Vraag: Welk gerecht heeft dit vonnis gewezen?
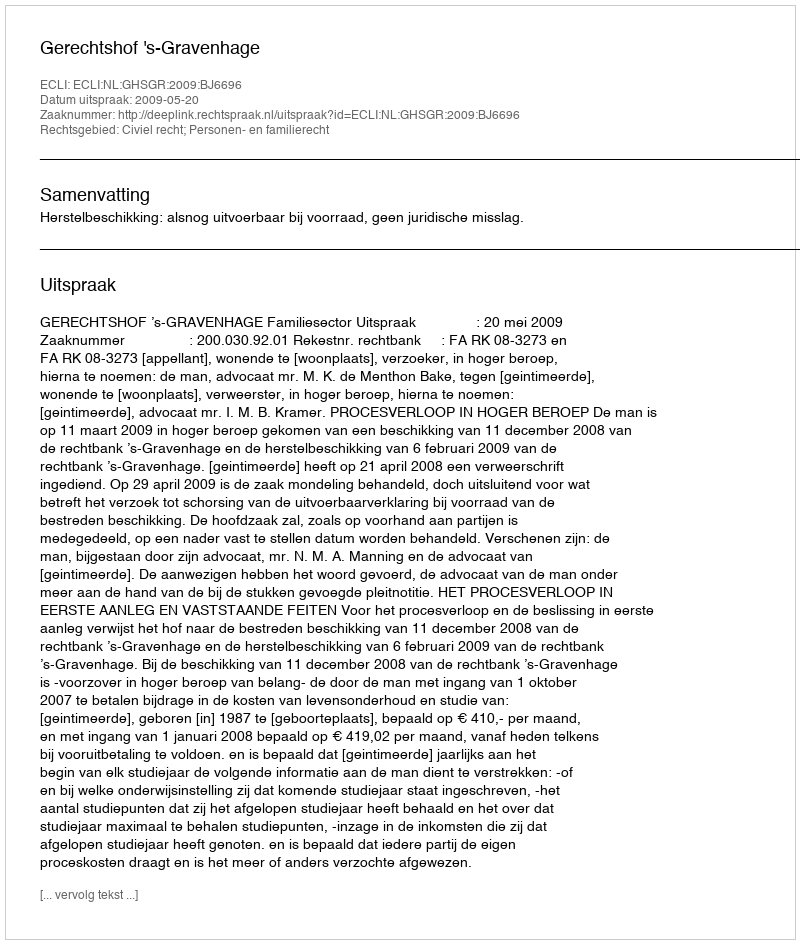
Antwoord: Gerechtshof 's-Gravenhage